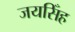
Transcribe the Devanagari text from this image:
जयसिँह